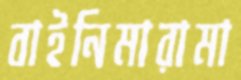
বাইনিমারামা